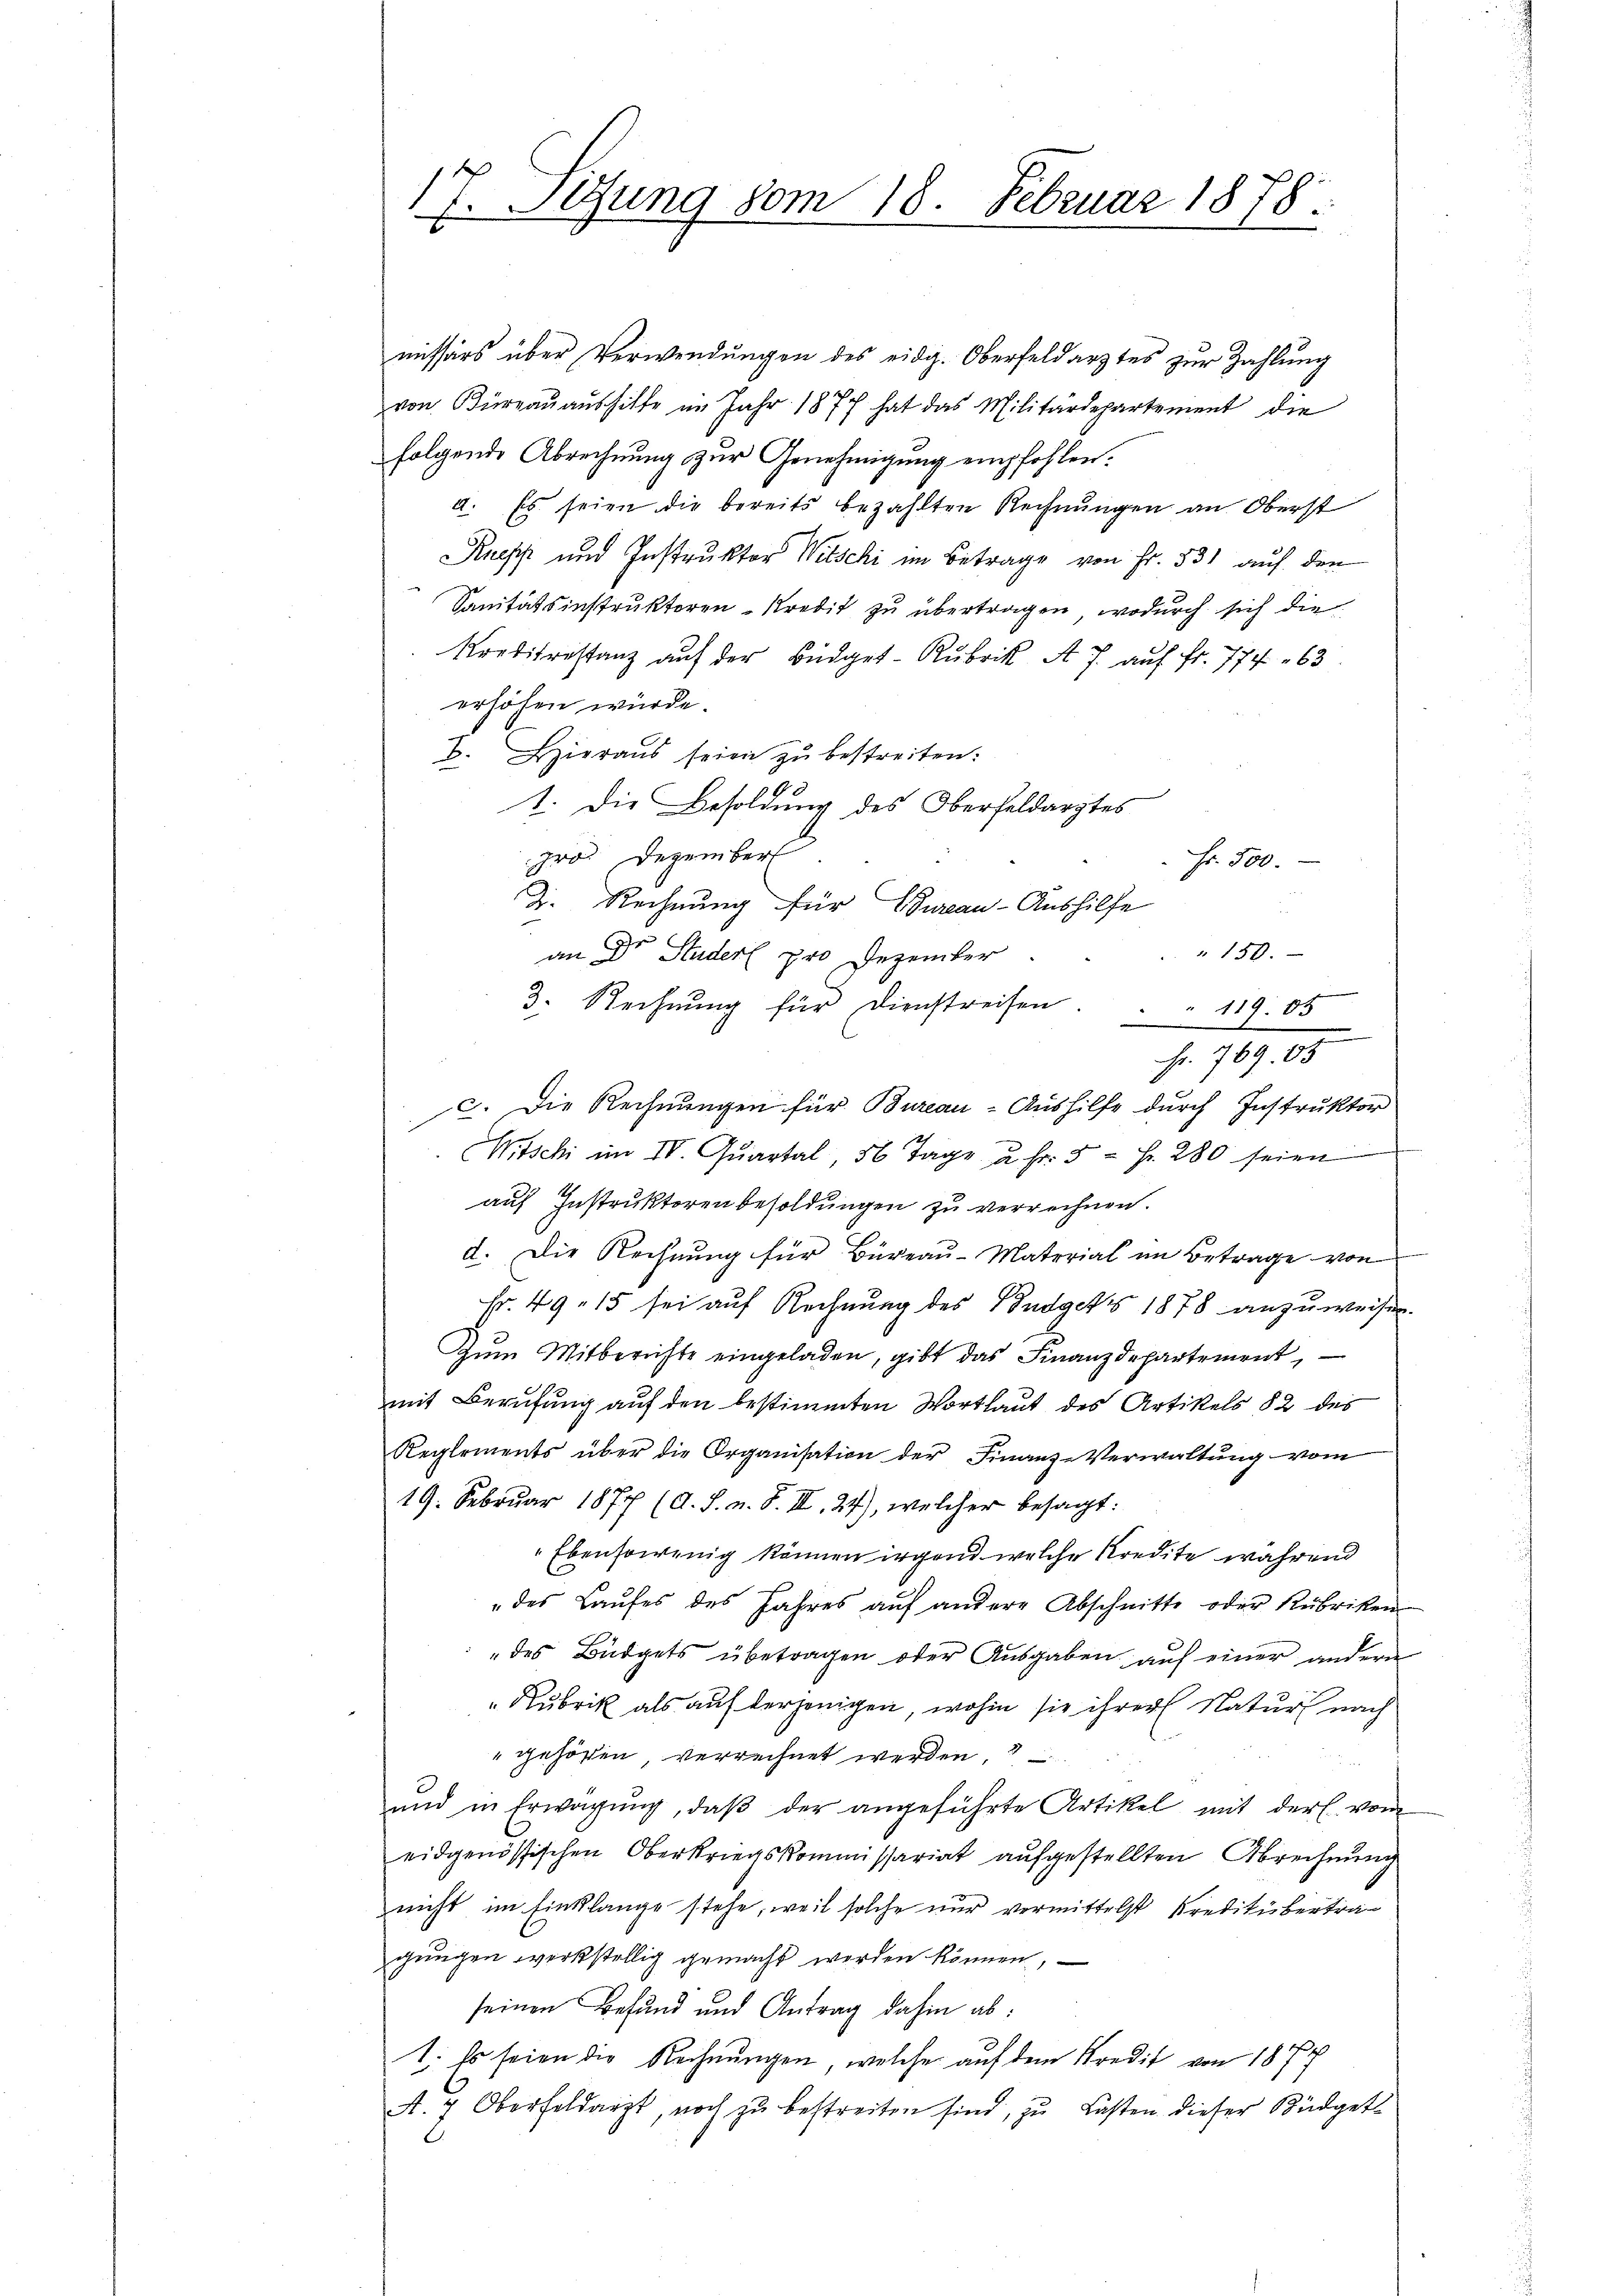
17. Setzung vom 18. Februar 1878.

missärs über Verwendungen des eidg. Oberfeldarztes zur Zahlung
von Büreaŭaŭshilfe im Jahr 1877 hat das Militärdepartement die
folgende Abrechnung zur Genehmigung empfohlen.
d. Es seien die bereits bezahlten Rechnungen an Oberst
Ruess und Instruktor Witschi im Betrage von Fr. 531 auf den
Sanitätsinstruktoren Kredit zu übertragen, wodurch sich die
Kreditestanz aŭf der Büdget-Rubrik A 7 auf fr. 774. 63
erhöhen würde.
B. Hieraus seien zu bestreiten.
1. Die Besoldung des Oberfeldarztes
pro. Dezember
Fr. 500.
D. Rechnung für Bureau-Aushilfe
" 150.
an Dr Studer pro Dezember
3. Rechnŭng für Dienstreisen. " " 119. 05
c. Die Rechnungen für Bureau-Aushilfe durch Instruktor
Witschi im IV. Qŭartal 56 Tage u. fr. 5 = Fr. 280 seien
auf Instruktoren besoldungen zu verrechnen.
d. Die Rechnŭng für Büreaŭ-Material im Betrage von
Fr. 49. 15 sei auf Rechnung des Budgets 1878 anzuweisen.
Zŭm Mitberichte eingeladen, gibt das Finanzdepartement,
mit Berufung auf den bestimmten Wortlaut des Artikels 82 des
Reglements über die Organisation der Finanz-Verwaltung vom
19. Februar 1877 (A. S. n. F. III 24), welcher besagt:
Ebensowenig können irgend welche Kredite während
" des Laŭfes des Jahres aŭf andere Abschnitte oder Rubriken
des Büdgets übetragen oder Ausgaben auf einer andern
Rubrik als auf derjenigen, wohin sie ihrer Natur nach
" gehören, verrechnet werden,
ŭnd in Erwägŭng, daβ der angeführte Artikel mit der vom
eidgenössischen Oberkriegskommissariat aufgestellten Abrechnung
nicht im Einklange stehe, weil solche nur vermittelst Kreditübertragungen werkstellig gemacht werden können,
seinen Befund und Antrag dahin ab:
1. Es seien die Rechnungen, welche auf dem Kredit von 1877
A. 7 Oberfeldarzt, noch zŭ bestreiten sind, zu Lasten dieser Büdget

fr. 769. 85